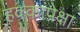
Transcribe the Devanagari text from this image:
हक्कांपेक्षा